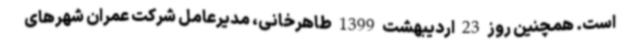
است. همچنین روز 23 اردیبهشت 1399 طاهرخانی، مدیرعامل شرکت عمران شهرهای